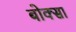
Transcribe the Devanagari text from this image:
बोक्सा